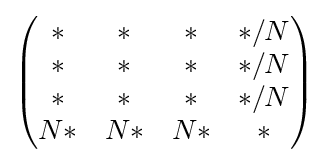
{\begin{pmatrix}*&*&*&*/N\\{}*&*&*&*/N\\{}*&*&*&*/N\\N*&N*&N*&*\end{pmatrix}}